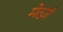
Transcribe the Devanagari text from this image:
मेर्त्ज़